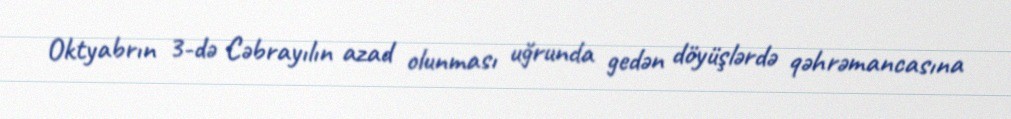
Oktyabrın 3-də Cəbrayılın azad olunması uğrunda gedən döyüşlərdə qəhrəmancasına